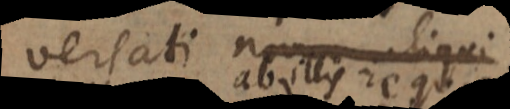
versati novum aliqui